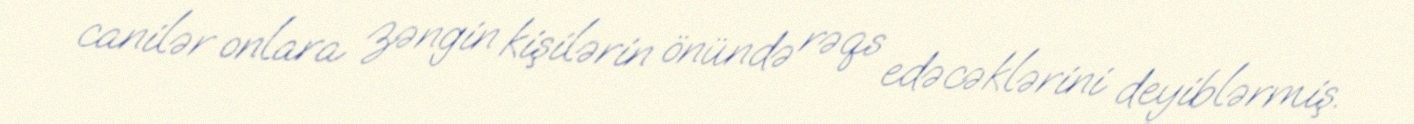
canilər onlara zəngin kişilərin önündə rəqs edəcəklərini deyiblərmiş.